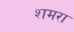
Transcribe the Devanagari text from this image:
शमरा